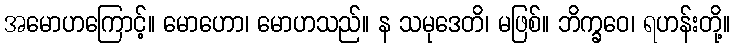
အမောဟကြောင့်။ မောဟော၊ မောဟသည်။ န သမုဒေတိ၊ မဖြစ်။ ဘိက္ခဝေ၊ ရဟန်းတို့။